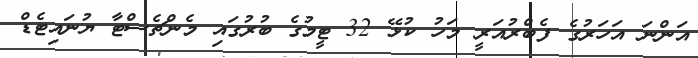
އަންނަ އަހަރުގެ ފެބްރުއަރީ މަހު ކުޅޭ 32 ޓީމުގެ ބުރުގައި މެންޗެސްޓާ ޔުނައިޓެޑް